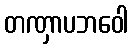
တဏှာပဘဝေါ